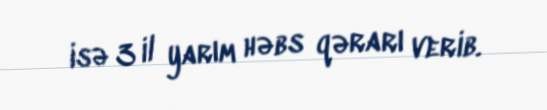
isə 3 il yarım həbs qərarı verib.